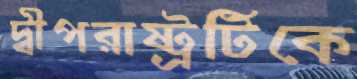
দ্বীপরাষ্ট্রটিকে